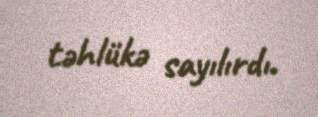
təhlükə sayılırdı.